Annual administration report of the Civil Veterinary Department of India - 1908-1909
Year: 1908
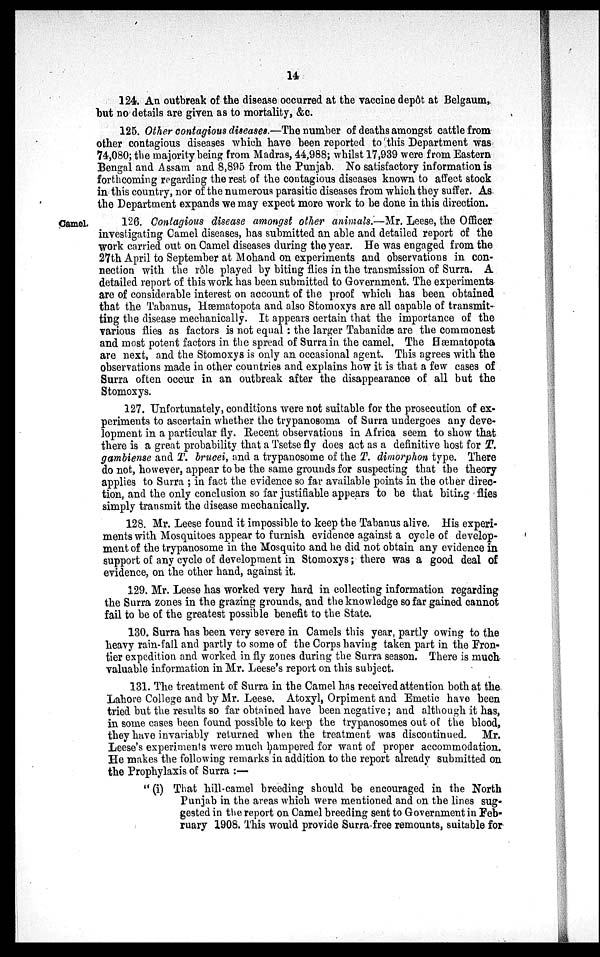
14
124. An outbreak of the disease occurred at the vaccine depôt at Belgaum
but no details are given as to mortality, &c.
125. Other contagious diseases.—The number of deaths amongst cattle from
other contagious diseases which have been reported to this Department was
74,080; the majority being from Madras, 44,988; whilst 17,939 were from Eastern
Bengal and Assam and 8,895 from the Punjab. No satisfactory information is
forthcoming regarding the rest of the contagious diseases known to affect stock
in this country, nor of the numerous parasitic diseases from which they suffer. As.
the Department expands we may expect more work to be done in this direction.
Camel.
126. Contagious disease amongst other animals.—Mr. Leese, the Officer
investigating Camel diseases, has submitted an able and detailed report of the
work carried out on Camel diseases during the year. He was engaged from the
27th April to September at Mohand on experiments and observations in con-
nection with the rôle played by biting flies in the transmission of Surra. A
detailed report of this work has been submitted to Government. The experiments
are of considerable interest on account of the proof which has been obtained
that the Tabanus, Hæmatopota and also Stomoxys are all capable of transmit-
ting the disease mechanically. It appears certain that the importance of the
various flies as factors is not equal: the larger Tabanidæ are the commonest
and most potent factors in the spread of Surra in the camel. The Hæmatopota
are next, and the Stomoxys is only an occasional agent. This agrees with the
observations made in other countries and explains how it is that a few cases of
Surra often occur in an outbreak after the disappearance of all but the
Stomoxys.
127. Unfortunately, conditions were not suitable for the prosecution of ex-
periments to ascertain whether the trypanosoma of Surra undergoes any deve-
lopment in a particular fly. Recent observations in Africa seem to show that
there is a great probability that a Tsetse fly does act as a definitive host for T.
gambiense and T. brucei, and a trypanosome of the T. dimorphon type. There
do not, however, appear to be the same grounds for suspecting that the theory
applies to Surra; in fact the evidence so far available points in the other direc-
tion, and the only conclusion so far justifiable appears to be that biting flies
simply transmit the disease mechanically.
128. Mr. Leese found it impossible to keep the Tabanus alive. His experi-
ments with Mosquitoes appear to furnish evidence against a cycle of develop-
ment of the trypanosome in the Mosquito and he did not obtain any evidence in
support of any cycle of development in Stomoxys; there was a good deal of
evidence, on the other hand, against it.
129. Mr. Leese has worked very hard in collecting information regarding
the Surra zones in the grazing grounds, and the knowledge so far gained cannot
fail to be of the greatest possible benefit to the State.
130. Surra has been very severe in Camels this year, partly owing to the
heavy rain-fall and partly to some of the Corps having taken part in the Fron-
tier expedition and worked in fly zones during the Surra season. There is much
valuable information in Mr. Leese's report on this subject.
131. The treatment of Surra in the Camel has received attention both at the
Lahore College and by Mr. Leese. Atoxyl, Orpiment and Emetic have been
tried but the results so far obtained have been negative; and although it has,
in some cases been found possible to keep the trypanosomes out of the blood,
they have invariably returned when the treatment was discontinued. Mr.
Leese's experiments were much hampered for want of proper accommodation.
He makes the following remarks in addition to the report already submitted on
the Prophylaxis of Surra:—
"(i) That hill-camel breeding should be encouraged in the North
Punjab in the areas which were mentioned and on the lines sug-
gested in the report on Camel breeding sent to Government in Feb-
ruary 1908. This would provide Surra free remounts, suitable for